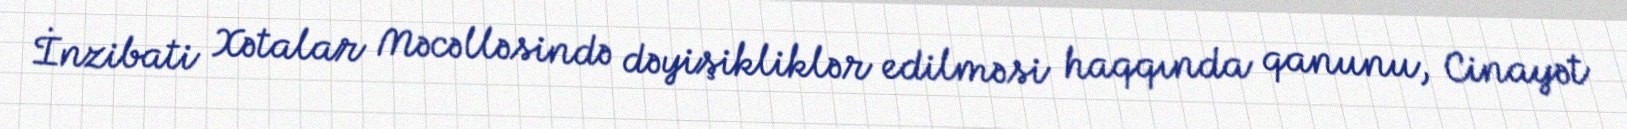
İnzibati Xətalar Məcəlləsində dəyişikliklər edilməsi haqqında qanunu, Cinayət